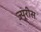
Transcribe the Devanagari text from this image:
ज्यूरीस